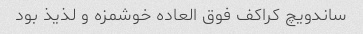
ساندویچ کراکف فوق العاده خوشمزه و لذیذ بود